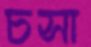
চসা